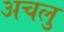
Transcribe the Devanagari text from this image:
अचलु